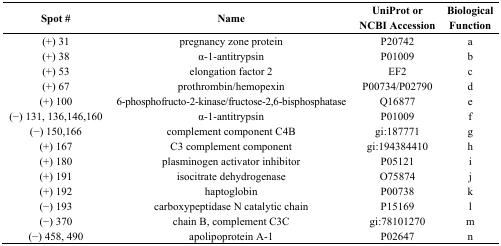
| Spot # | Name | UniProt or NCBI Accession | Biological Function |
 | --- | --- | --- | --- |
 | (+) 31 | pregnancy zone protein | P20742 | a |
 | (+) 38 | α-1-antitrypsin | P01009 | b |
 | (+) 53 | elongation factor 2 | EF2 | c |
 | (+) 67 | prothrombin/hemopexin | P00734/P02790 | d |
 | (+) 100 | 6-phosphofructo-2-kinase/fructose-2,6-bisphosphatase | Q16877 | e |
 | (−) 131, 136,146,160 | α-1-antitrypsin | P01009 | f |
 | (−) 150,166 | complement component C4B | gi:187771 | g |
 | (+) 167 | C3 complement component | gi:194384410 | h |
 | (+) 180 | plasminogen activator inhibitor | P05121 | i |
 | (+) 191 | isocitrate dehydrogenase | O75874 | j |
 | (+) 192 | haptoglobin | P00738 | k |
 | (−) 193 | carboxypeptidase N catalytic chain | P15169 | l |
 | (−) 370 | chain B, complement C3C | gi:78101270 | m |
 | (−) 458, 490 | apolipoprotein A-1 | P02647 | n |